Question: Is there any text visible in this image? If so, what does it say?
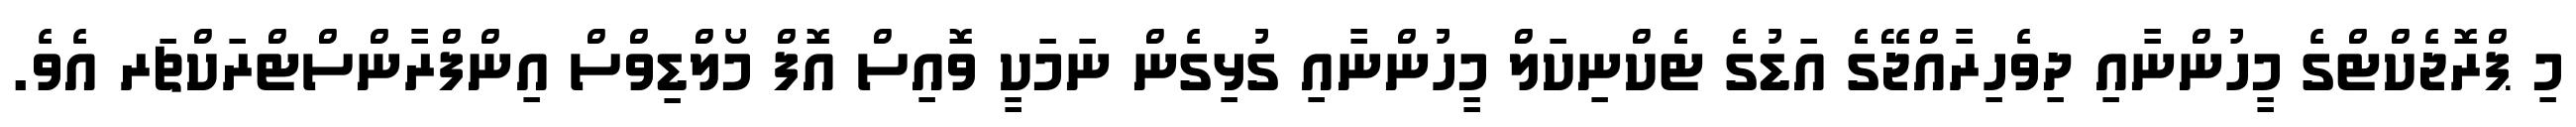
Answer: މި ޕްރޮޖެކްޓްގެ މީހުންނާއި ދިވެހިރާއްޖޭގެ އަޑުގެ ޓެކްނިކަލް މީހުންނާއި ގުޅިގެން ނަމަކީ ވޮއިސް އޮފް މޯލްޑިވްސް އިންފްރާންސްޓްރަކްޗަރ އެވެ.